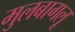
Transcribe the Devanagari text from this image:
मुलबागलू